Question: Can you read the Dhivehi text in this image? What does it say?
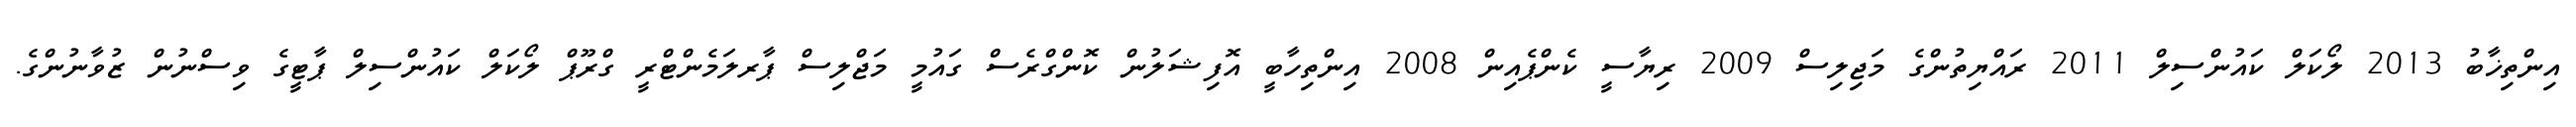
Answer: އިންތިޚާބު 2013 ލޯކަލް ކައުންސިލް 2011 ރައްޔިތުންގެ މަޖިލިސް 2009 ރިޔާސީ ކެންޕެއިން 2008 އިންތިހާބީ އޮފިޝަލުން ކޮންގްރެސް ގައުމީ މަޖްލިސް ޕާރލަމެންޓްރީ ގްރޫޕް ލޯކަލް ކައުންސިލް ޕާޓީގެ ވިސްނުން ޒުވާނުންގެ.